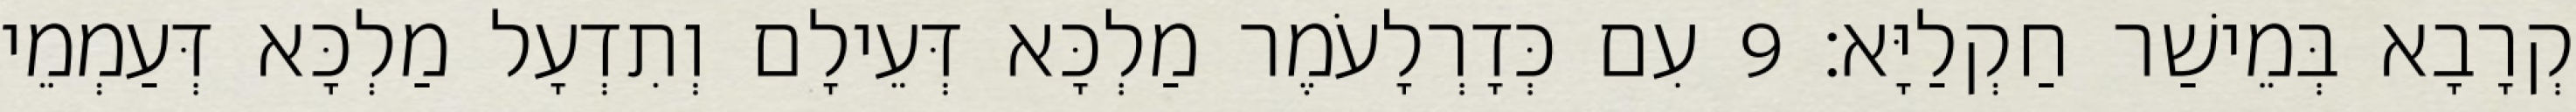
קְרָבָא בְּמֵישַׁר חַקְלַיָּא׃ 9 עִם כְּדָרְלָעֹמֶר מַלְכָּא דְּעֵילָם וְתִדְעָל מַלְכָּא דְּעַמְמֵי